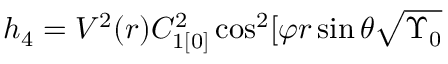
h _ { 4 } = V ^ { 2 } ( r ) C _ { 1 [ 0 ] } ^ { 2 } \cos ^ { 2 } [ \varphi r \sin \theta \sqrt { \Upsilon _ { 0 } }